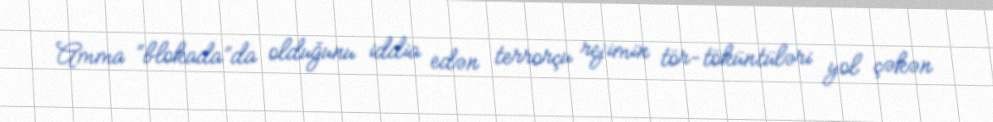
Amma “blokada”da olduğunu iddia edən terrorçu rejimin tör-töküntüləri yol çəkən